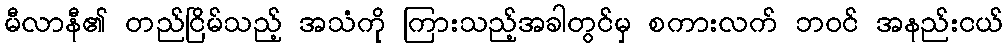
မီလာနီ၏ တည်ငြိမ်သည့် အသံကို ကြားသည့်အခါတွင်မှ စကားလက် ဘဝင် အနည်းငယ်